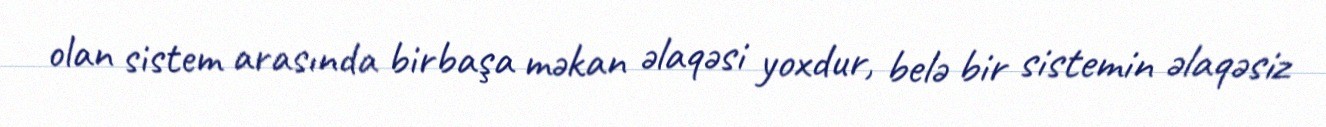
olan sistem arasında birbaşa məkan əlaqəsi yoxdur, belə bir sistemin əlaqəsiz